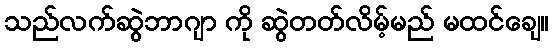
သည်လက်ဆွဲဘာဂျာ ကို ဆွဲတတ်လိမ့်မည် မထင်ချေ။